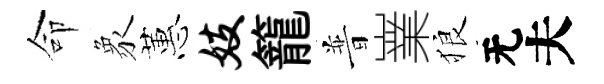
命象蕙妓籠普嶪狼无夫